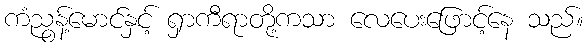
ကံညွန့်မောင်နှင့် ရှာကီရာတို့ကသာ လေပေးဖြောင့်နေ သည်။